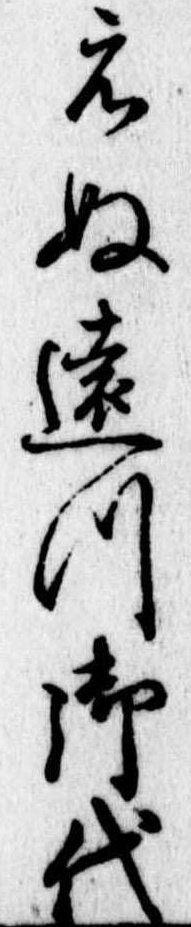
えぬ遠つ御代